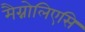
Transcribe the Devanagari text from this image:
मैग्नोलिएसि